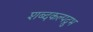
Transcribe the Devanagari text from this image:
शब्दकल्पद्रुभ